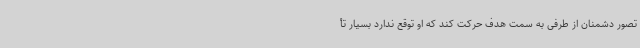
تصور دشمنان از طرفی به سمت هدف حرکت کند که او توقع ندارد بسیار تأ